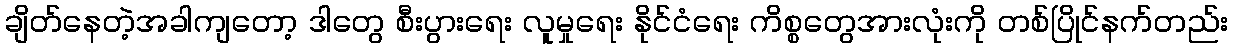
ချိတ်နေတဲ့အခါကျတော့ ဒါတွေ စီးပွားရေး လူမှုရေး နိုင်ငံရေး ကိစ္စတွေအားလုံးကို တစ်ပြိုင်နက်တည်း